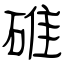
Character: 碓